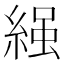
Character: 𮈩